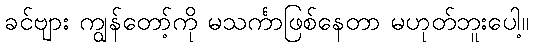
ခင်ဗျား ကျွန်တော့်ကို မသင်္ကာဖြစ်နေတာ မဟုတ်ဘူးပေါ့။